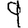
Digit: 9